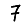
Digit: 7